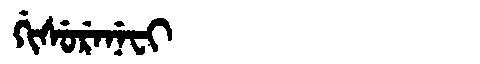
Manchu: ᡤᡳᠰᡠᡵᡝᠨᡝᠸᡳ
Romanization: GISURENEFI